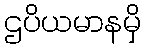
ဌပိယမာနမှိ